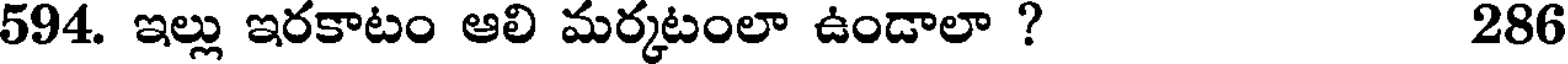
594. ఇల్లు ఇరకాటం ఆలి మర్కటంలా ఉండాలా ? 286